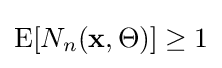
\operatorname {E} [N_{n}(\mathbf {x} ,\Theta )]\geq 1